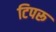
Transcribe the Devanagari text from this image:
टिपरू